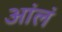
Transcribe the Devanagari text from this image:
आंलं